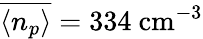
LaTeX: \overline{{\langle n_{p}\rangle}}=334~\mathrm{cm^{-3}}